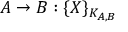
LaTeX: A \rightarrow B : \{ X \} _ { K _ { A , B } }